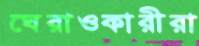
ঘেরাওকারীরা